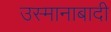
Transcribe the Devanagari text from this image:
उस्मानाबादी